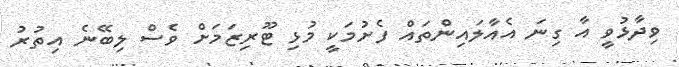
ވިދާޅުވީ އާ ގިނަ އެއާލައިންތައް ފެށުމަކީ މުޅި ޓޫރިޒަމަށް ވެސް ލިބޭނެ އިތުރު